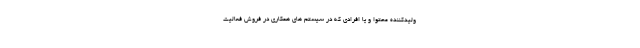
ولیدکننده محتوا و یا افرادی که در سیستم های همکاری در فروش فعالیت